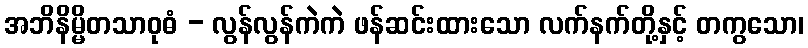
အဘိနိမ္မိတသာဝုဓံ - လွန်လွန်ကဲကဲ ဖန်ဆင်းထားသော လက်နက်တို့နှင့် တကွသော၊